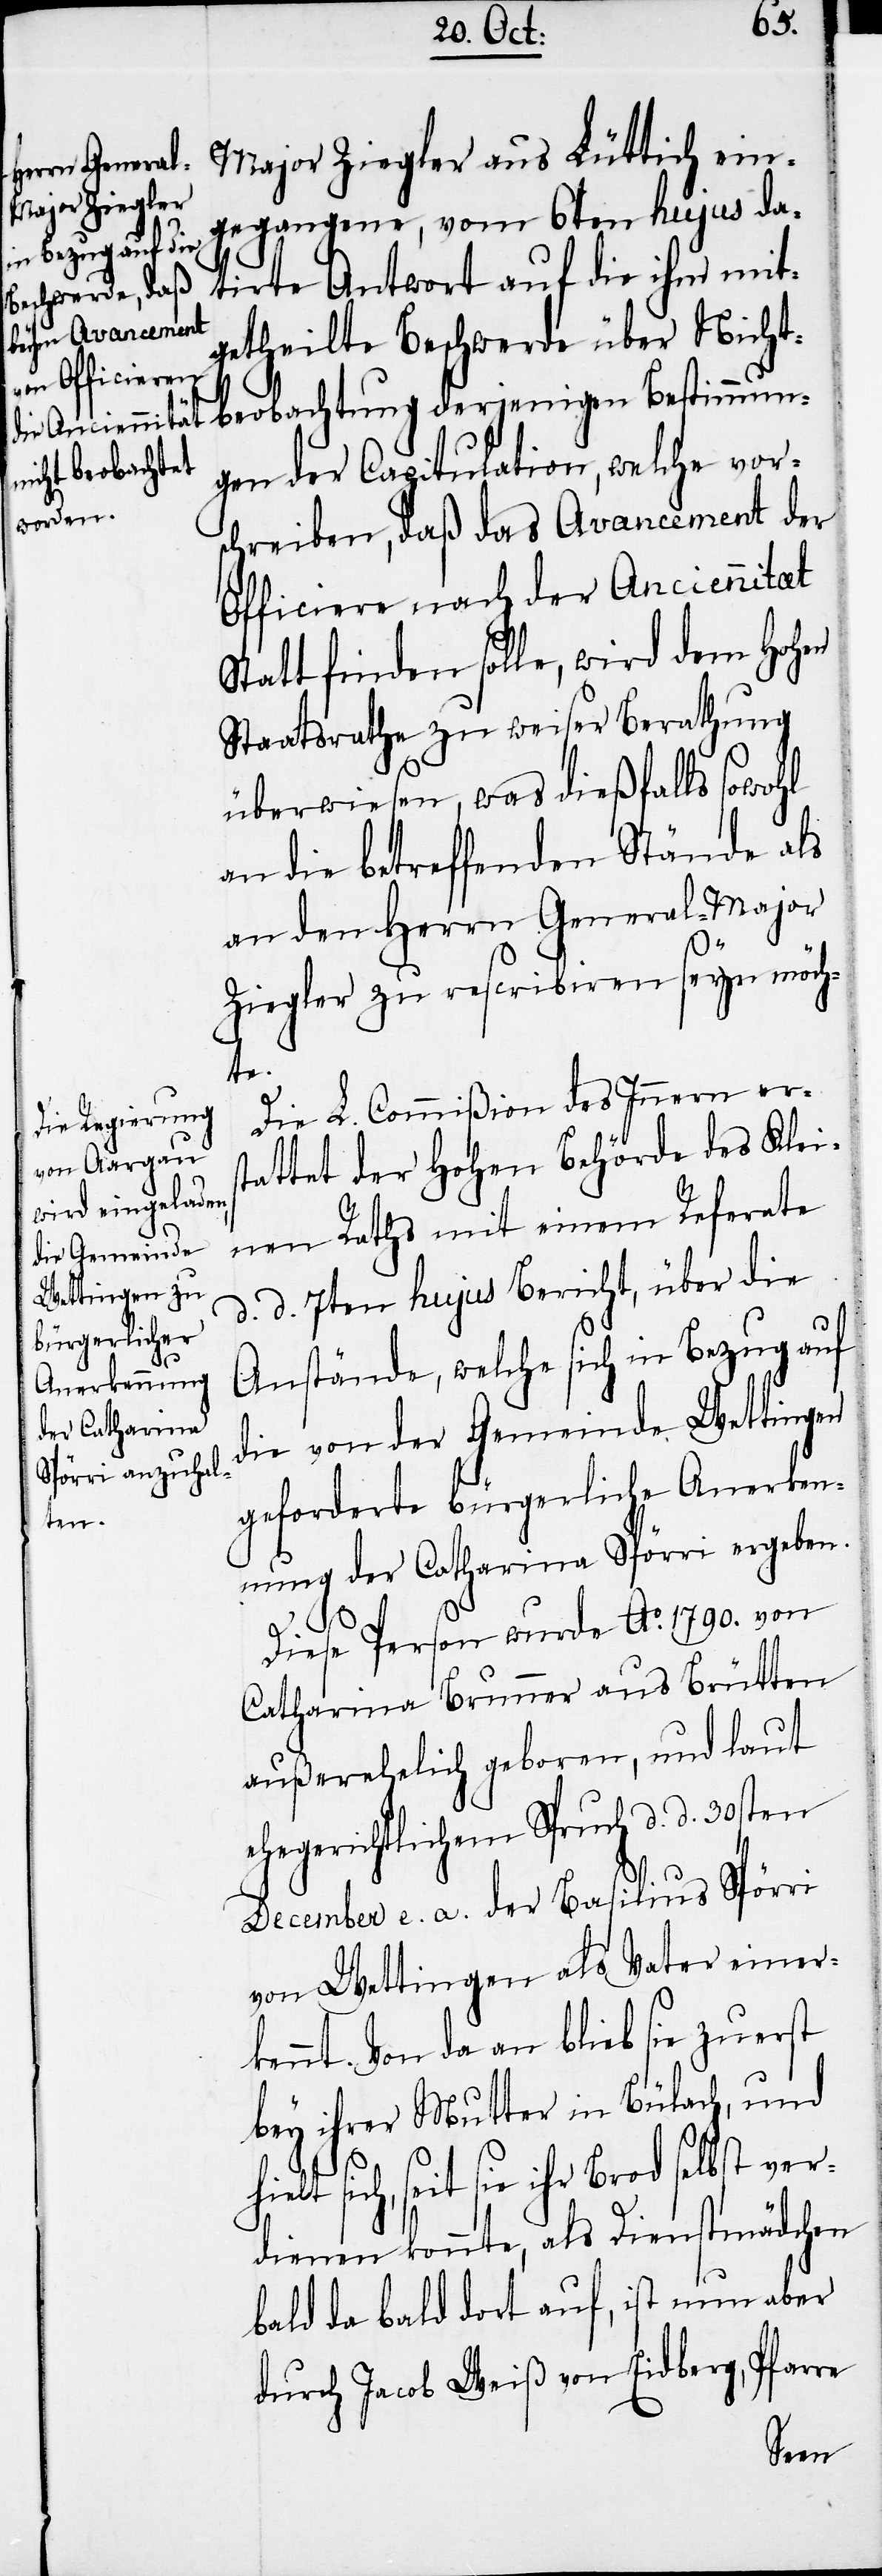
Major Ziegler aus Lüttich ein¬
gegangene, vom 6ten hujus da¬
tirte Antwort auf die ihm mit¬
getheilte Beschwerde über Nicht¬
beobachtung derjenigen Bestimmun¬
gen der Capitulation, welche vor¬
schreiben, daß das Avancement der
Officiere nach der Anciennitaet
Statt finden solle, wird dem Hohen
Staatsrathe zu weiser Berathung
überwiesen was dießfalls sowohl
in die betreffenden Stände als
an den Herrn General-Major
Ziegler zu rescribiren seyn möch¬
te.
Die L. Commißion des Innern ers¬
tattet der Hohen Behörde des Klei¬
nen Raths mit einem Referate
d. d. 7ten hujus Bericht, über die
Anstände, welche sich in Bezug auf
die von der Gemeinde Wettingen
geforderte bürgerliche Anerken¬
nung der Catharina Spörri ergeben.
Diese Person wurde Ao. 1790. von
Catharina Brunner aus Brütten
außerehelich geboren, und laut
ehegerichtlichem Spruch d. d. 30sten
December e. a. der Basilius Spörri
von Wettingen als Vater einer¬
kennt. Von da an blieb sie zuerst
bey ihrer Mutter in Bülach, und
seit sie ihr Brod selbst ver¬
dienen konnte, als Dienstmädchen
bald da bald dort auf, ist nun aber
durch Jacob Weiß von Eidberg, Pfarre